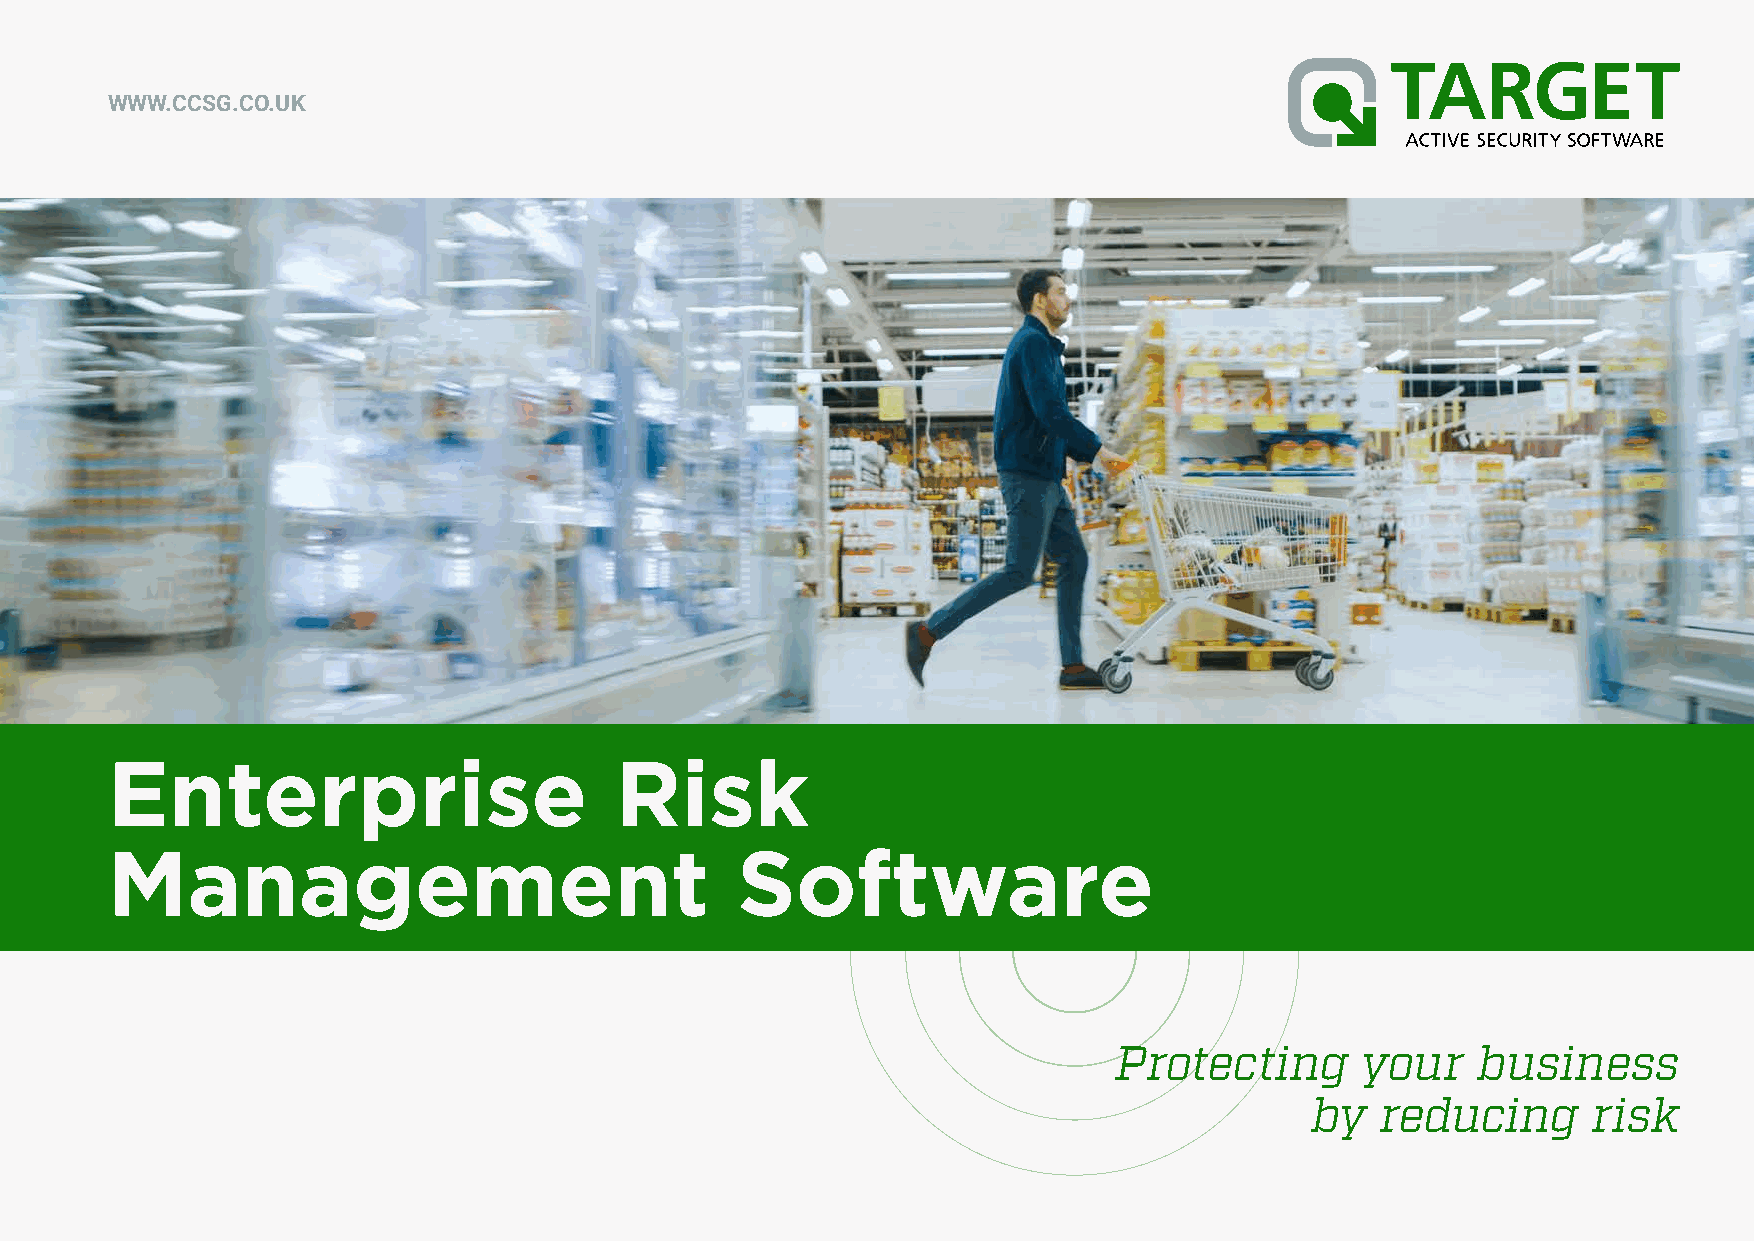
WWW.CCSG.CO.UK
 Enterprise                        Risk
 Management                                Software
 Protecting      your    business
 by  reducing      risk